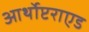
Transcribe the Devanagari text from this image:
आर्थोप्टराएड